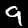
Label: 9